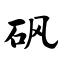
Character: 砜